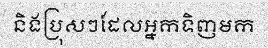
និងប្រុសៗដែលអ្នកទិញមក